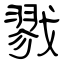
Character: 戮